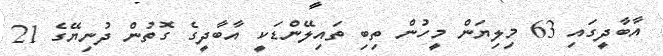
އާބާދީގައި 63 މިލިޔަން މީހުން ތިބި ތައިލޭންޑަކީ އާބާދީގެ ގޮތުން ދުނިޔޭގެ 21